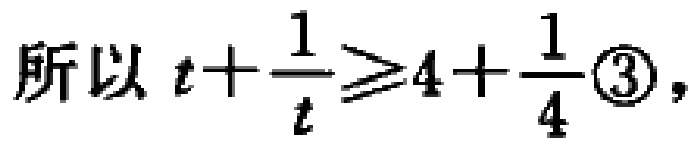
所以 \(t+\frac{1}{t}\geq4+\frac{1}{4}\textcircled{3}\)，